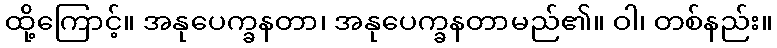
ထို့ကြောင့်။ အနုပေက္ခနတာ၊ အနုပေက္ခနတာမည်၏။ ဝါ၊ တစ်နည်း။